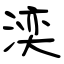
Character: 湙